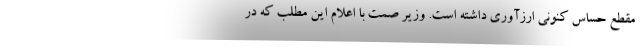
مقطع حساس کنونی ارزآوری داشته است. وزیر صمت با اعلام این مطلب که در